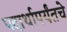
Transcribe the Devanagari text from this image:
पदार्थापर्यंतचे